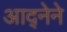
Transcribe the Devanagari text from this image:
आद्नेने